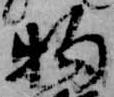
物